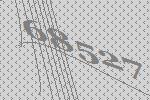
68527